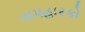
તાપહારકો